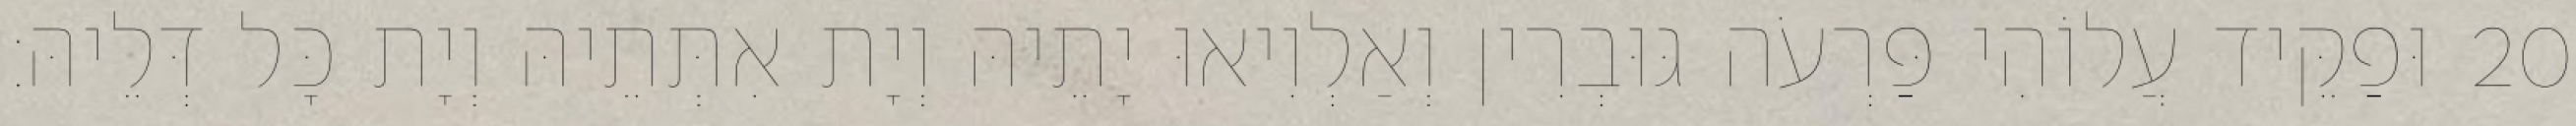
20 וּפַקֵּיד עֲלוֹהִי פַּרְעֹה גּוּבְרִין וְאַלְוִיאוּ יָתֵיהּ וְיָת אִתְּתֵיהּ וְיָת כָּל דְּלֵיהּ׃